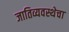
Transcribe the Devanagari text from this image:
जातिव्यवस्थेचा